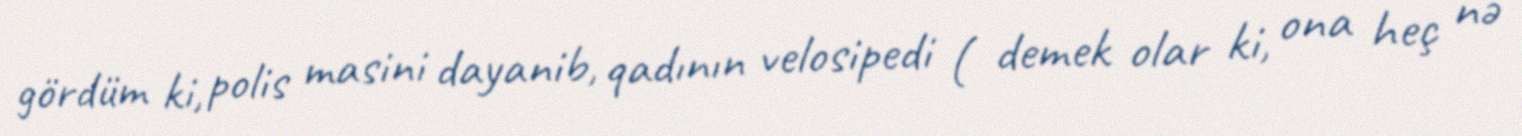
gördüm ki, polis masini dayanib, qadının velosipedi ( demek olar ki, ona heç nə